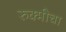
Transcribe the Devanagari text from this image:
रुक्मीचा